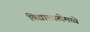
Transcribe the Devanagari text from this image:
विद्याशाखेमध्ये